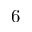
6